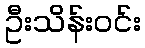
ဦးသိန်းဝင်း